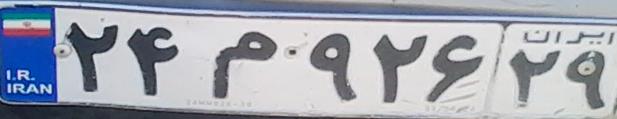
۲۴م۹۲۶۲۹